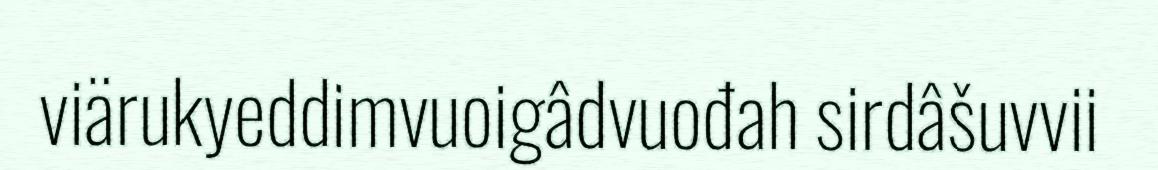
viärukyeddimvuoigâdvuođah sirdâšuvvii